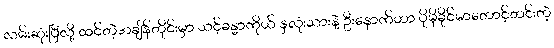
လမ်းဆုံးပြီလို့ ထင်တဲ့အချိန်တိုင်းမှာ သင့်ခန္ဓာကိုယ် နှလုံးသားနဲ့ ဦးနှောက်ဟာ ပိုမိုခိုင်မာတောင့်တင်းတဲ့